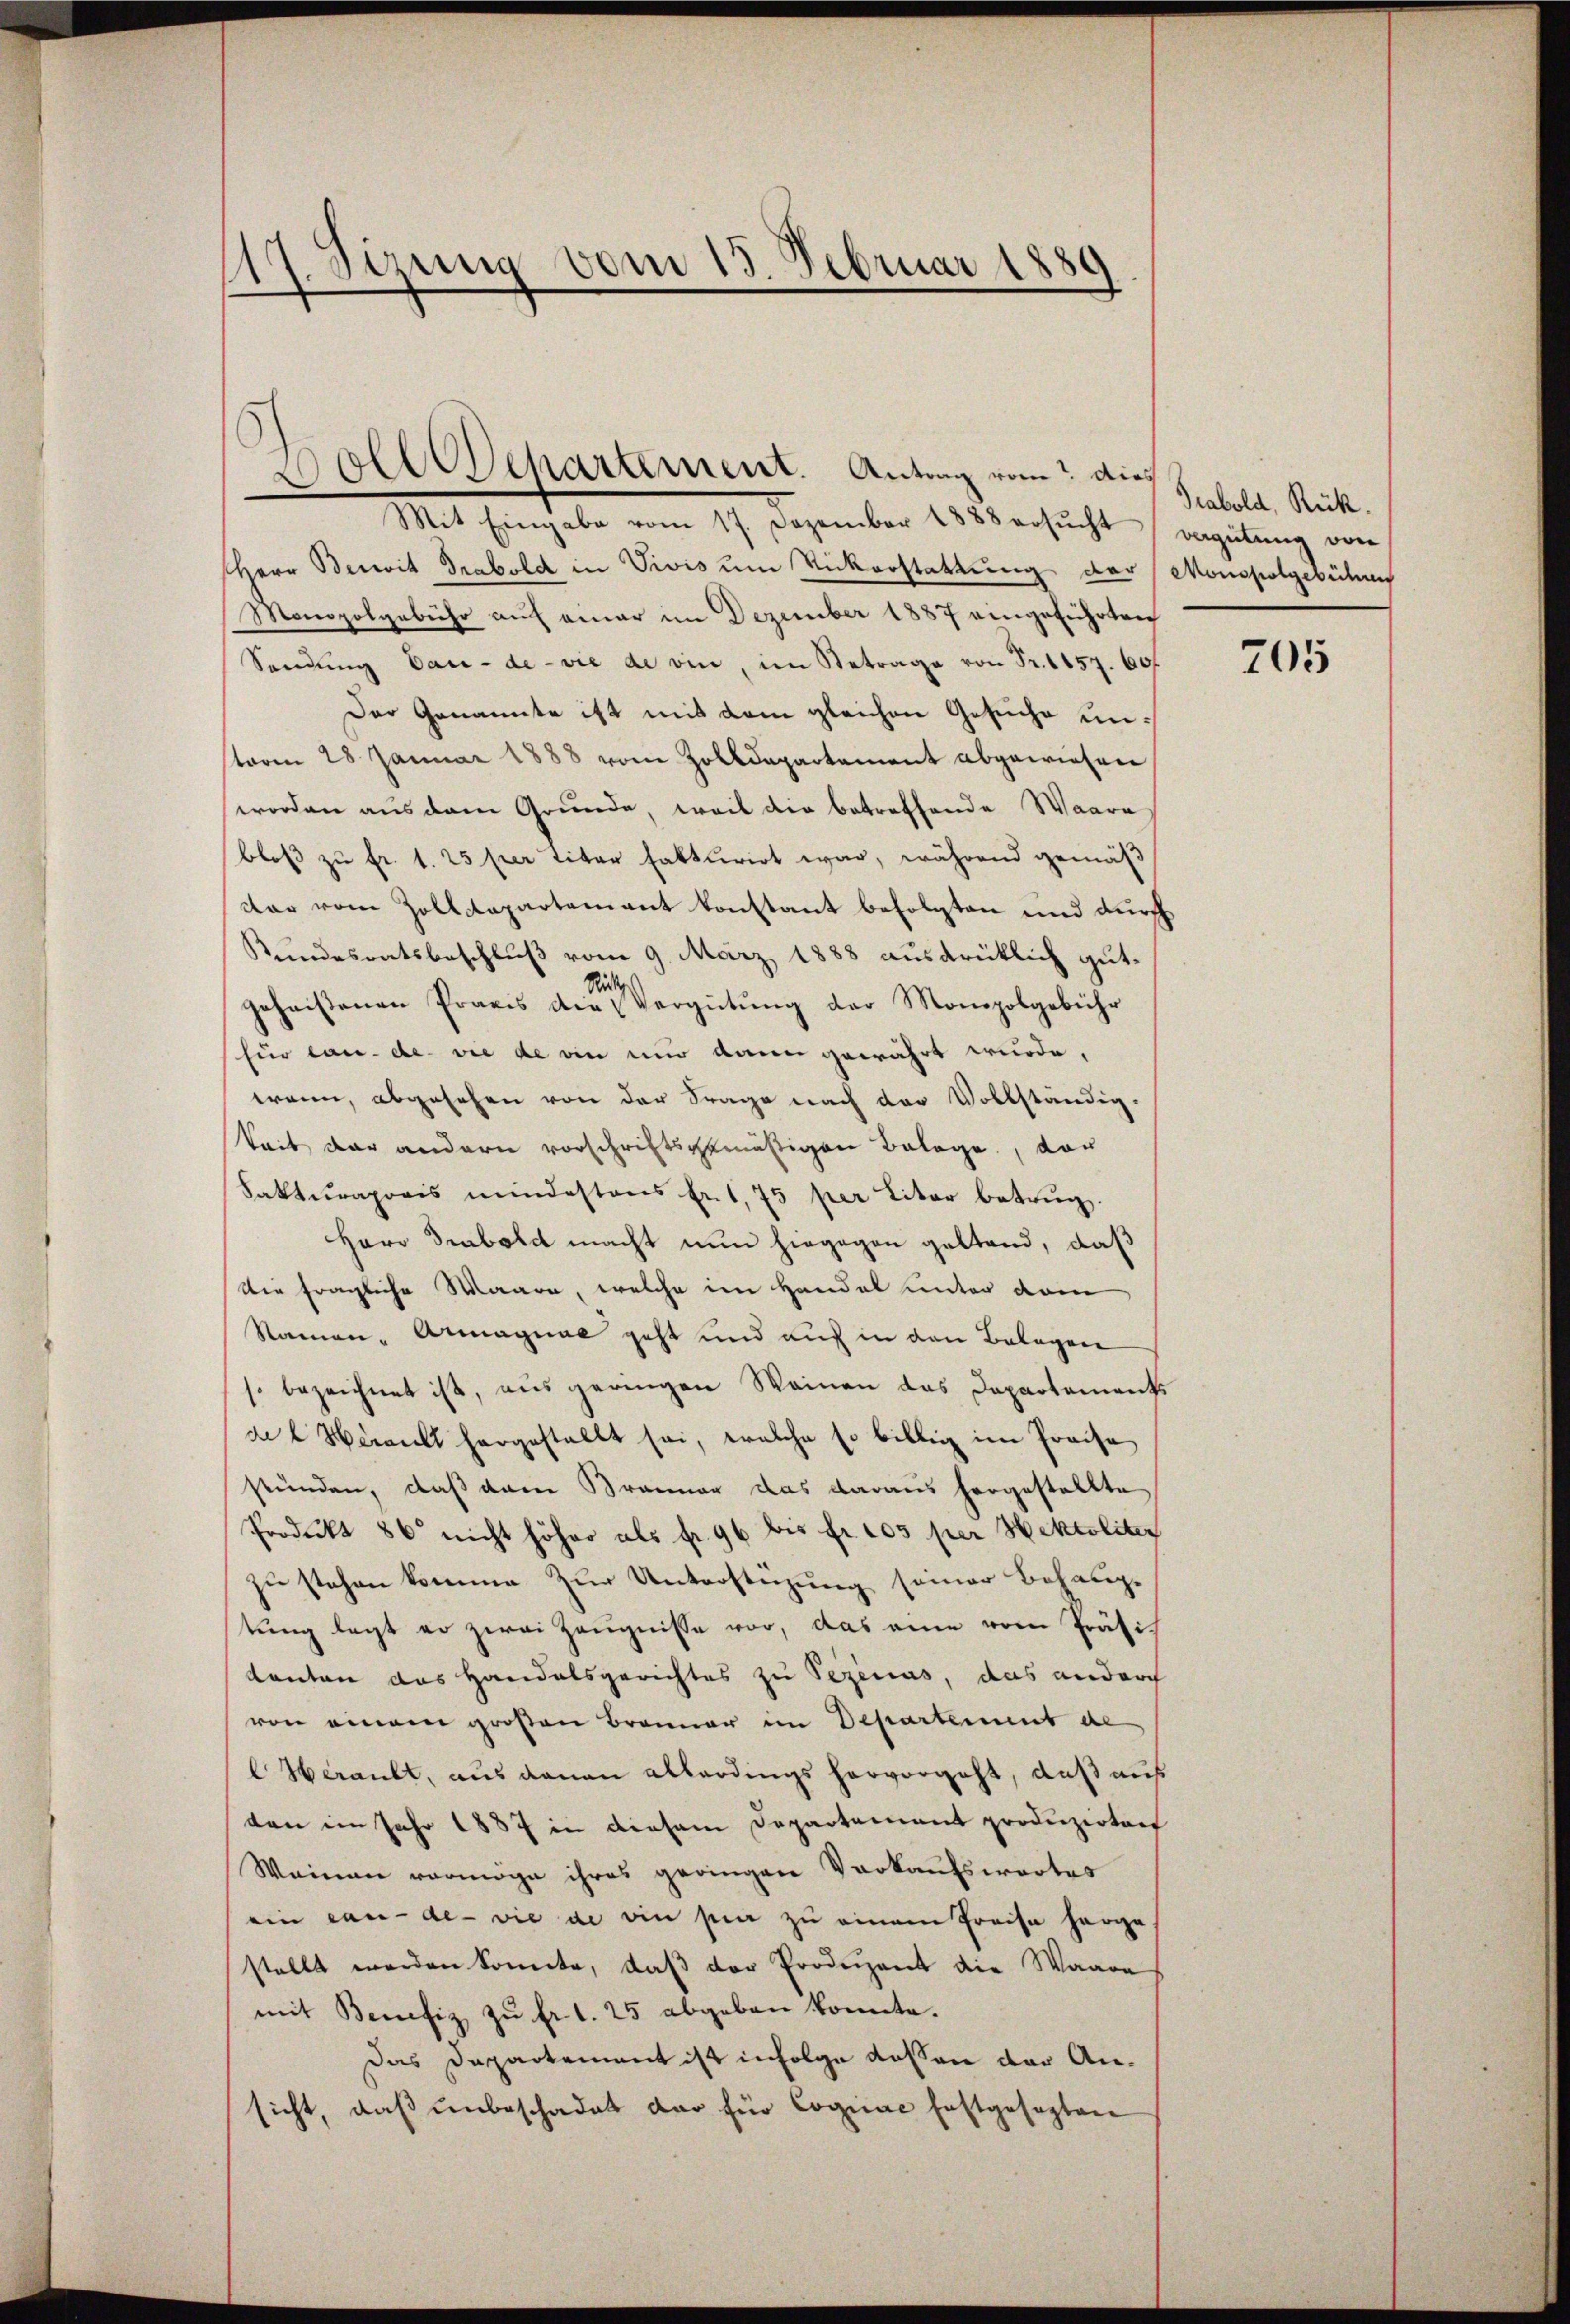
17. Sizung vom 13. Februar 1889

Mit Eingabe vom 17. Dezember 1888 ersŭcht vergütŭng von
Herr Bereit Grabelch in Vivis um Rickerstattung der Monspolgebühren
Monopolgebühr auf einer im Dezember 1887 eingeführteich
Sendung dan - de - vie de vin, im Betrage von Fr. 1157. 60f
Der Genannte ist mit dem gleichen Gesuche unsterm 28 Januar 1888 vom Zolldepartement abgewiesen
worden aus dem Grunde, weil die betreffende Waare
bloß zu fr. 1. 25 per titer fakturirt war, während gemäß
dar vom Zolldepartement konstant befolgten und durch
Kundesratsbeschluß vom 9. März 1888 ausdrüklich gut¬
Richt
geheissenen Praxis die Vergütŭng der Monopobgebühr
für lau. de vie de ein nur dann gewährt wurde.
wann, abgesehen von der Frage nach der Vollständig-
keit der andern vorschriftsgemäßigen Belage, vor
Fakturaprois mindestens Ert. 75 per liter betrug.
Herr Drabold macht nun hiegegen geltend, daß
Die fragliche Maare, welche im Handel unter dem
Namen - Armagnae geht und auch in den Belagere
s. bezeichnet ist, aus geringen Weinen das Departement
da 2 Heraubt hergestellt sei, welche so billig im Preise
stünden, daß dann Branner das daraus hergestellte
Produkt 86 nicht höher als fr. 96 bis Fr. 105 per Hektoliter
zu stehen komme zur Unterstüzung seiner Behauptung legt er zwei Zeugnisse vor, das eine vom Präsi¬
Kanton das Handelsgerichtes zu Sezicius, das andurch
von einem großen Branner im Departement de
Herault, aus denen allerdings hervorgeht, daß auf
ten im Jahr 1887 in diesem Departement produzirten
Weinen vermöge ihres geringen Verkaufswortes
ein can-de- vie de ein pier zu einem Preise herge
stellt werden konnte, daβ der Produzent die Waare
mit Benefiz zŭ fr. 1. 25 abgeben konnte.
Das Departement ist infolge dessen der Ansicht, daß unbeschadet dar für Cognae festgesezten

Wolle Departement. Antrag vom Dies

Trabold, Rück.

705